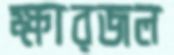
ক্ষারজল